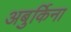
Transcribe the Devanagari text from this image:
अबुर्किना